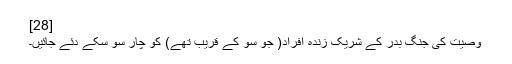
[28]
وصیت کی جنگ بدر کے شریک زندہ افراد( جو سو کے قریب تھے) کو چار سو سکے دئے جائیں۔